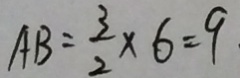
A B = \frac { 3 } { 2 } \times 6 = 9